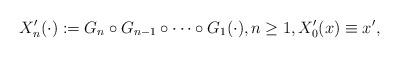
LaTeX: \begin{align*}X'_n(\cdot) := G_n \circ G_{n-1} \circ \cdots \circ G_1 (\cdot), n \ge 1, X'_0(x) \equiv x',\end{align*}